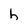
Character: h